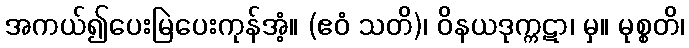
အကယ်၍ပေးမြဲပေးကုန်အံ့။ (ဧဝံ သတိ)၊ ဝိနယဒုက္ကဋာ၊ မှ။ မုစ္စတိ၊